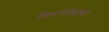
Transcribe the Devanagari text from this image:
शिरच्छेदाची